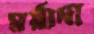
মর্য়াদা